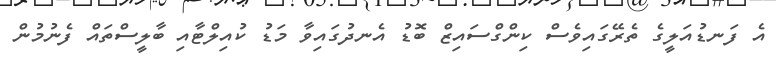
އެ ފަނޑުއަލީގެ ތެރޭގައިވެސް ކިންގްސައިޒް ބޮޑު އެނދުގައިވާ މަޑު ކުއިލްޓާއި ބާލީސްތައް ފެނުމުން